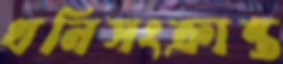
খনিসংক্রান্ত